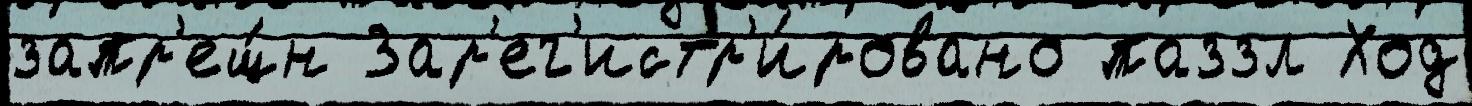
запр'ещ́н Зар'ег'истр'и́ровано паззл Ход